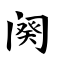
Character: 阕